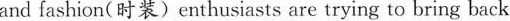
and fashion(时装)enthusiasts are trying to bring back